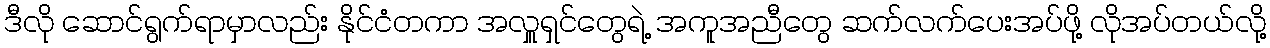
ဒီလို ဆောင်ရွက်ရာမှာလည်း နိုင်ငံတကာ အလှူရှင်တွေရဲ့ အကူအညီတွေ ဆက်လက်ပေးအပ်ဖို့ လိုအပ်တယ်လို့